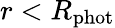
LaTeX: r<R_{\mathrm{phot}}